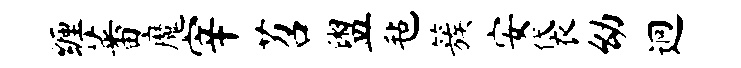
缠蕃魔宰苕盥毡簇安袋幼迥